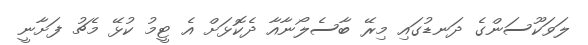
ލަވަކޫސަންގެ ދަނޑުގައި މިރޭ ބާސެލޯނާއާ ދެކޮޅަށް އެ ޓީމު ކުޅޭ މެޗު ފަށާނީ